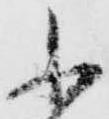
小